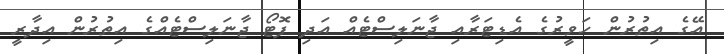
އޭގެ އިތުރުން ހަވީރުގެ އެޑިޓަރާއި ޖާނަލިސްޓެއް އަދި ފޮޓޯ ޖާނަލިސްޓެއްގެ އިތުރުން އިދާރީ